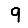
Digit: 9